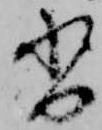
沓